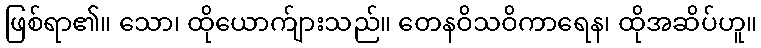
ဖြစ်ရာ၏။ သော၊ ထိုယောက်ျားသည်။ တေနဝိသဝိကာရေန၊ ထိုအဆိပ်ဟူ။